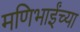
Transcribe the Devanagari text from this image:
मणिभाईंच्या